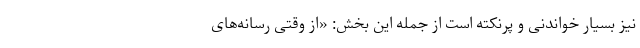
نیز بسیار خواندنی و پرنکته است از جمله این بخش: «‌از وقتی رسانه‌های